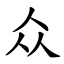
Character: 众